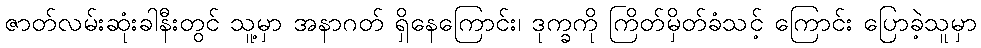
ဇာတ်လမ်းဆုံးခါနီးတွင် သူ့မှာ အနာဂတ် ရှိနေကြောင်း၊ ဒုက္ခကို ကြိတ်မှိတ်ခံသင့် ကြောင်း ပြောခဲ့သူမှာ